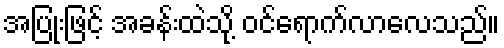
အပြုံးဖြင့် အခန်းထဲသို့ ဝင်ရောက်လာလေသည်။